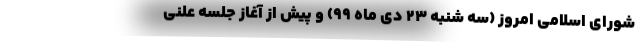
شورای اسلامی امروز (سه شنبه ۲۳ دی ماه ۹۹)‌ و پیش از آغاز جلسه علنی